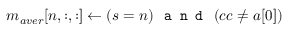
m _ { a v e r } [ n , : , : ] \gets \left( s = n \right) \texttt { a n d } \left( c c \neq a [ 0 ] \right)